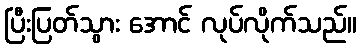
ပြီးပြတ်သွား အောင် လုပ်လိုက်သည်။